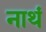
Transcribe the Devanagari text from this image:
नाथं